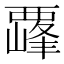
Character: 𫌛